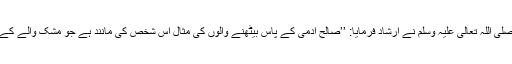
نبیٔ اکرم صلی اللہ تعالیٰ علیہ وسلم نے ارشاد فرمایا: ’’صالح آدمی کے پاس بیٹھنے والوں کی مثال اس شخص کی مانند ہے جو مشک والے کے پاس ہے۔